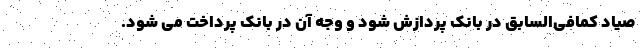
صیاد کمافی‌السابق در بانک پردازش شود و وجه آن در بانک پرداخت می شود.